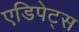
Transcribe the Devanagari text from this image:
एडिपेट्स